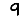
Digit: 9